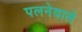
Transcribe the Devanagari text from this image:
पलनेवाले